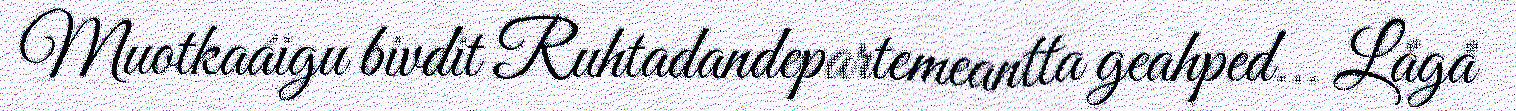
Muotkaáigu bivdit Ruhtadandepartemeantta geahped... Lågå